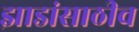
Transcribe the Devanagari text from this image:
झाडांसाठीच